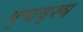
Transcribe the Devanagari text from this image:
पृष्ठदृश्य